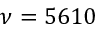
\protect \nu = 5 6 1 0